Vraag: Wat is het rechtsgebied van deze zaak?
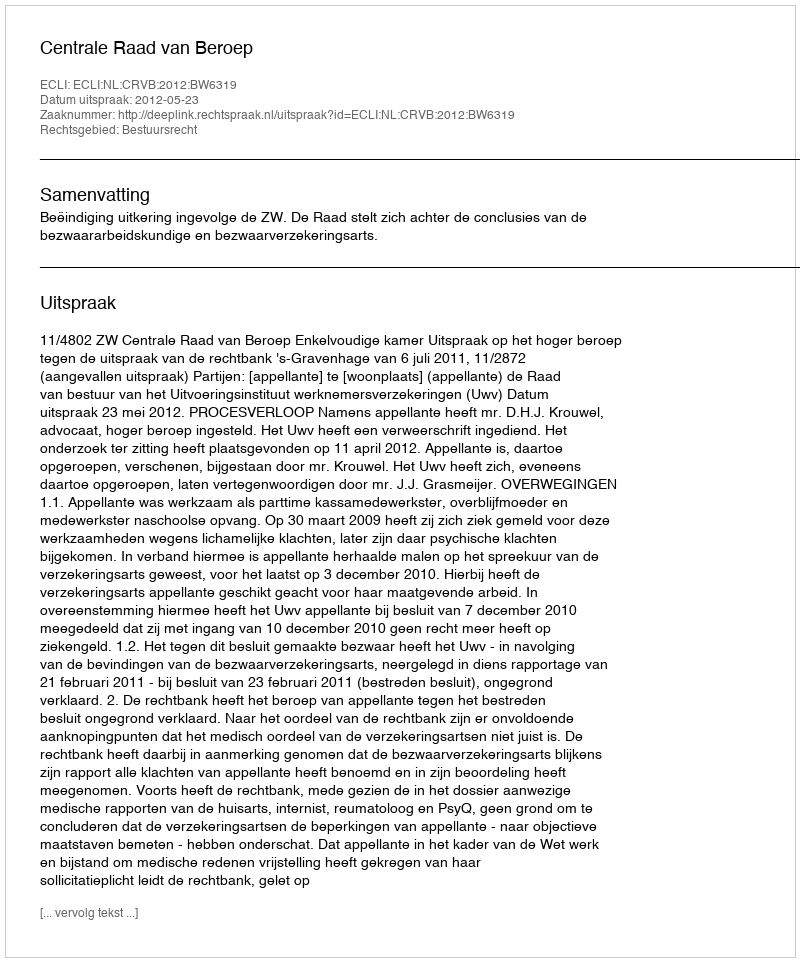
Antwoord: Bestuursrecht